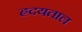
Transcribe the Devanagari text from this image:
हृदयताल